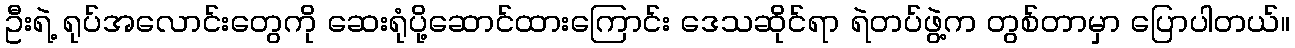
ဦးရဲ့ ရုပ်အလောင်းတွေကို ဆေးရုံပို့ဆောင်ထားကြောင်း ဒေသဆိုင်ရာ ရဲတပ်ဖွဲ့က တွစ်တာမှာ ပြောပါတယ်။